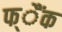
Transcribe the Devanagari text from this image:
फ्ैंक